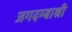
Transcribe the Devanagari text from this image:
जगदम्बाश्री